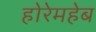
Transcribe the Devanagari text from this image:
होरेमहेब